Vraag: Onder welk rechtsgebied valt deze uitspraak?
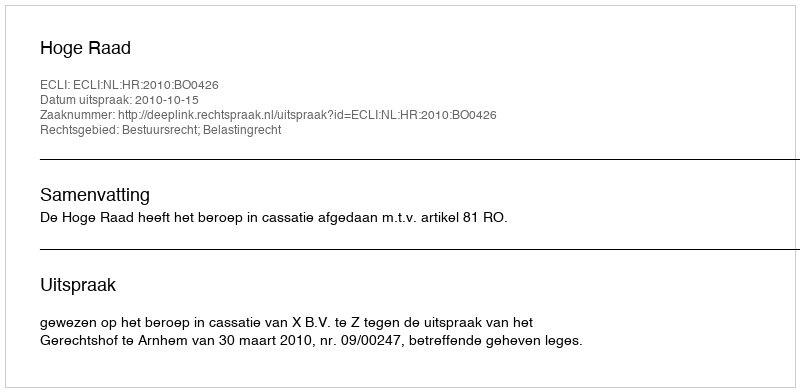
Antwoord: Bestuursrecht; Belastingrecht